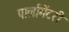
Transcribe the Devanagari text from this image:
पार्लामेंटरी